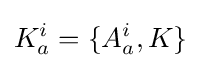
K_{a}^{i}=\{A_{a}^{i},K\}